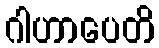
ဂါဟာပေတိ